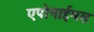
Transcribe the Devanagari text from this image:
एपोनाईमस